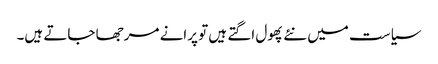
سیاست میں نئے پھول اگتے ہیں تو پرانے مرجھا جاتے ہیں۔